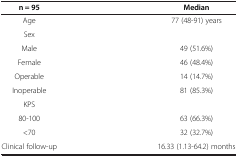
<table><thead><tr><td><b>n = 95</b></td><td><b>Median</b></td></tr></thead><tbody><tr><td>Age</td><td>77 (48-91) years</td></tr><tr><td>Sex</td><td> </td></tr><tr><td>Male</td><td>49 (51.6%)</td></tr><tr><td>Female</td><td>46 (48.4%)</td></tr><tr><td>Operable</td><td>14 (14.7%)</td></tr><tr><td>Inoperable</td><td>81 (85.3%)</td></tr><tr><td>KPS</td><td> </td></tr><tr><td>80-100</td><td>63 (66.3%)</td></tr><tr><td>&lt;70</td><td>32 (32.7%)</td></tr><tr><td>Clinical follow-up</td><td>16.33 (1.13-64.2) months</td></tr></tbody></table>